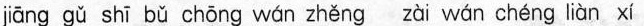
jiāng gǔ shī bǔ chōng wán zhěng zài wán chéng liàn xí